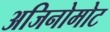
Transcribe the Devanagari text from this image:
अजिनोमोट